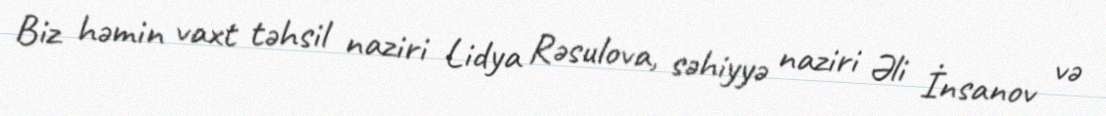
Biz həmin vaxt təhsil naziri Lidya Rəsulova, səhiyyə naziri Əli İnsanov və